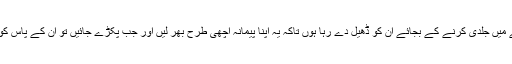
وہ یہ کہ ان کو پکڑنے میں جلدی کرنے کے بجائے ان کو ڈھیل دے رہا ہوں تاکہ یہ اپنا پیمانہ اچھی طرح بھر لیں اور جب پکڑے جائیں تو ان کے پاس کوئی عذر باقی نہ رہے۔